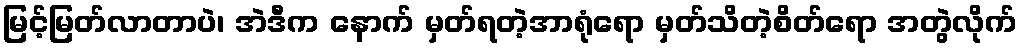
မြင့်မြတ်လာတာပဲ၊ အဲဒီက နောက် မှတ်ရတဲ့အာရုံရော မှတ်သိတဲ့စိတ်ရော အတွဲလိုက်